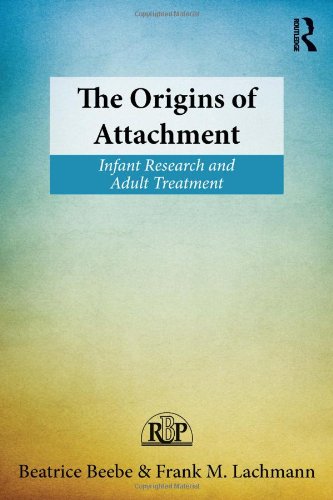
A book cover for The Origins of Attachment: Infant Research and Adult Treatment (Relational Perspectives Book Series); Beatrice Beebe; Medical Books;